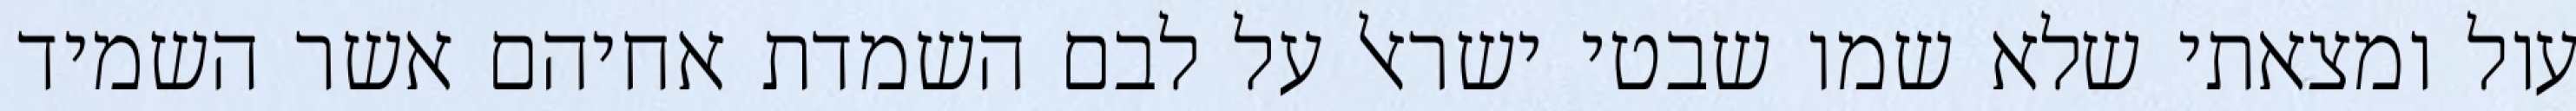
עול ומצאתי שלא שמו שבטי ישראל על לבם השמדת אחיהם אשר השמיד